Magi,_Artur, lk 15
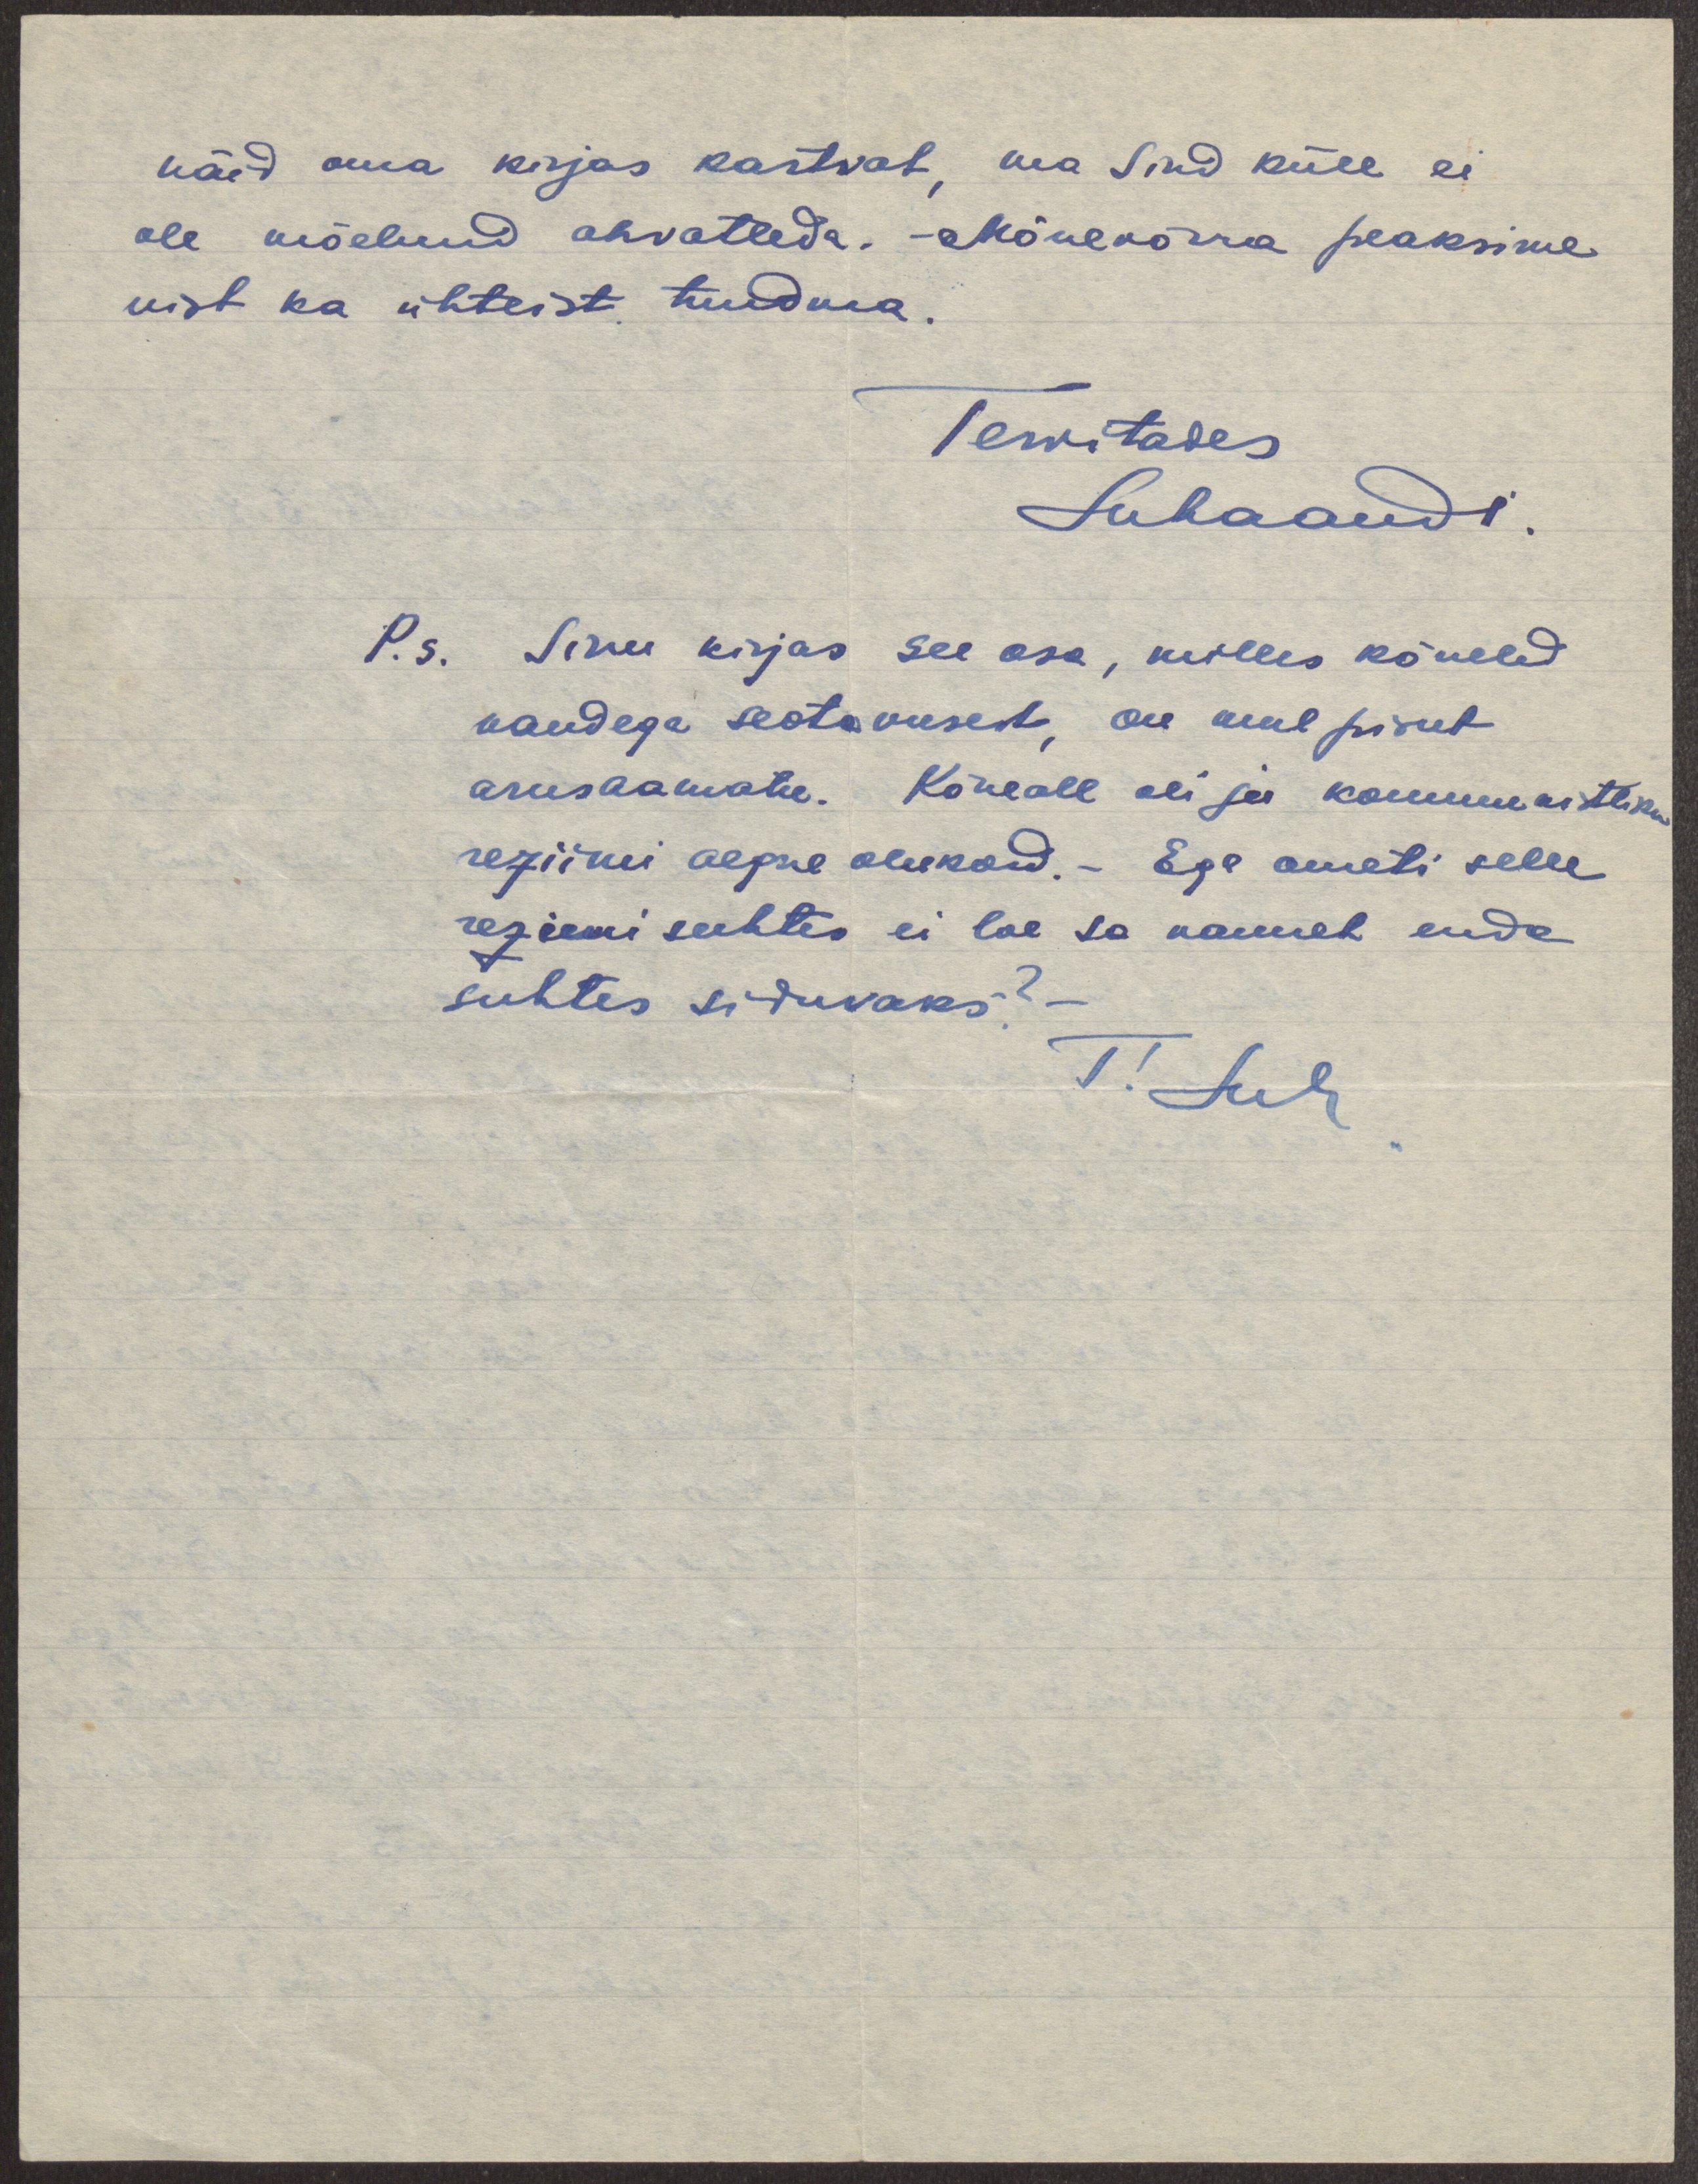
näid oma kirjas kartvat, ma Sind küll ei
ole mõelnud ahvatleda. - Mõnevõrra peaksime
vist ka ühteist tundma.
Tervitades
HMaandi
P.s. Sinu kirjas see osa, milles kõneled
vandega seotavusest, on mul pisut
arusaamatu. Kõneall oli ju kommunistliku
reziimi aegne olukord. - Ega ometi selle
reziimi suhtes ei loe sa vannet enda
suhtes siduvaks? -
T! HM.